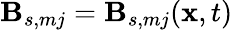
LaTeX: \mathbf{B}_{s,mj}=\mathbf{B}_{s,mj}(\mathbf{{x}},t)